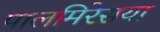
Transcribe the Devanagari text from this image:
पालमिरेसया